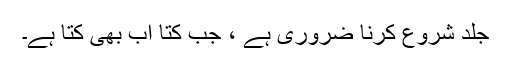
جلد شروع کرنا ضروری ہے ، جب کتا اب بھی کتا ہے۔